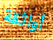
أواثقة